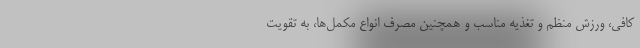
کافی، ورزش منظم و تغذیه مناسب و همچنین مصرف انواع مکمل‌ها، به تقویت